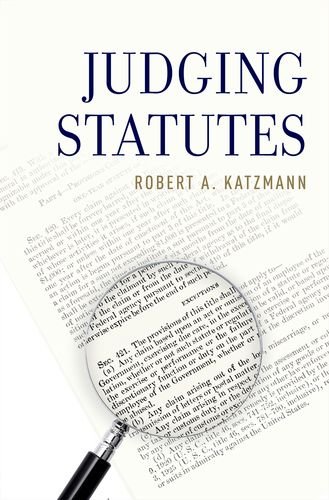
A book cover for Judging Statutes; Robert Katzmann; Law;